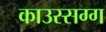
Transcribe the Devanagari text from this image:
काउस्सग्ग